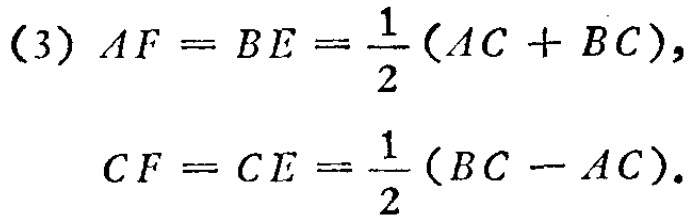
(3) \(AF = BE=\frac{1}{2}(AC + BC)\),
\(CF = CE=\frac{1}{2}(BC - AC)\).